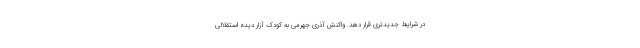
در شرایط جدیدتری قرار دهد. واکنش آذری جهرمی به کودک آزار دیده استقلالی